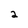
Character: 2